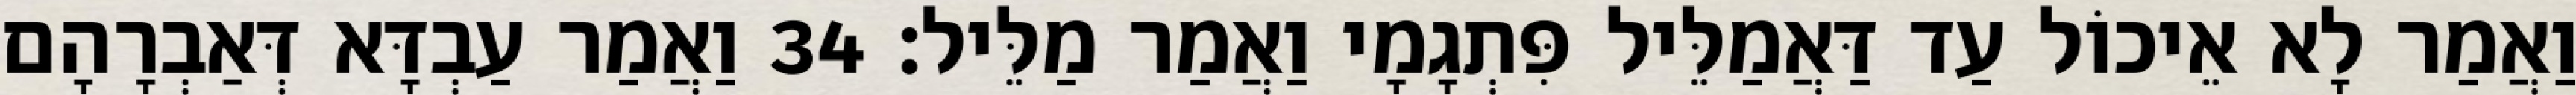
וַאֲמַר לָא אֵיכוֹל עַד דַּאֲמַלֵּיל פִּתְגָמָי וַאֲמַר מַלֵּיל׃ 34 וַאֲמַר עַבְדָּא דְּאַבְרָהָם